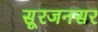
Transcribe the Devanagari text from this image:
सूरजनसर